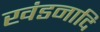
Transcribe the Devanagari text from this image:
खंडनादि